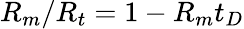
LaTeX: R_{m}/R_{t}=1-R_{m}t_{D}